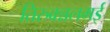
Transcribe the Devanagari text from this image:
तिरुवन्नलमई